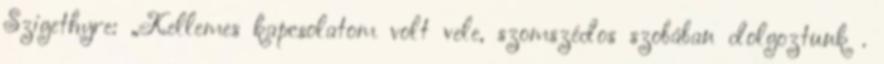
Szigethyre: „Kellemes kapcsolatom volt vele, szomszédos szobában dolgoztunk .